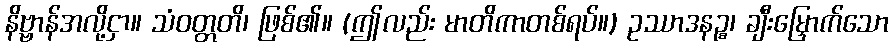
နိဗ္ဗာန်အလို့ငှာ။ သံဝတ္တတိ၊ ဖြစ်၏။ (ဤလည်း မာတိကာတစ်ရပ်။) ဥဿာဒနဉ္စ၊ ချီးမြှောက်သော